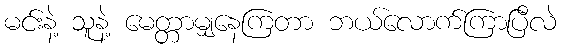
မင်းနဲ့ သူနဲ့ မေတ္တာမျှနေကြတာ ဘယ်လောက်ကြာပြီလဲ